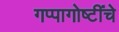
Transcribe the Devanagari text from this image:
गप्पागोष्टींचे